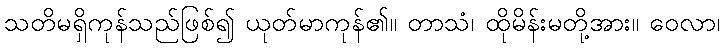
သတိမရှိကုန်သည်ဖြစ်၍ ယုတ်မာကုန်၏။ တာသံ၊ ထိုမိန်းမတို့အား။ ဝေလာ၊